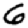
Digit: 6